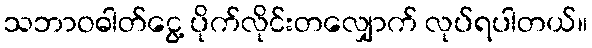
သဘာဝဓါတ်ငွေ့ ပိုက်လိုင်းတလျှောက် လုပ်ရပါတယ်။